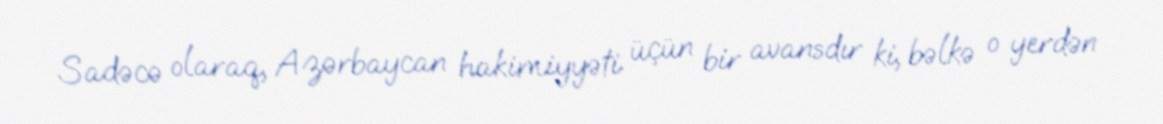
Sadəcə olaraq, Azərbaycan hakimiyyəti üçün bir avansdır ki, bəlkə o yerdən